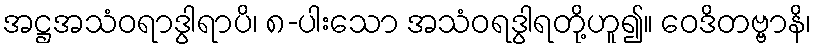
အဋ္ဌအသံဝရာဒွါရာပိ၊ ၈-ပါးသော အသံဝရဒွါရတို့ဟူ၍။ ဝေဒိတဗ္ဗာနိ၊